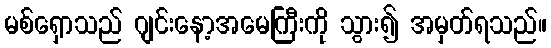
မစ်ရှောသည် ဂျင်းနော့အမေကြီးကို သွား၍ အမှတ်ရသည်။